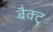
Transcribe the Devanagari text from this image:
बैक्ट्रू